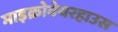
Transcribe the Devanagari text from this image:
माइक्रोवेयरहाउस